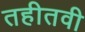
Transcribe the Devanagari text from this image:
तहीतवी